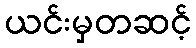
ယင်းမှတဆင့်